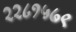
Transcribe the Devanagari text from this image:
२२८१५७९